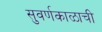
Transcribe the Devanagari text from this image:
सुवर्णकाळाची